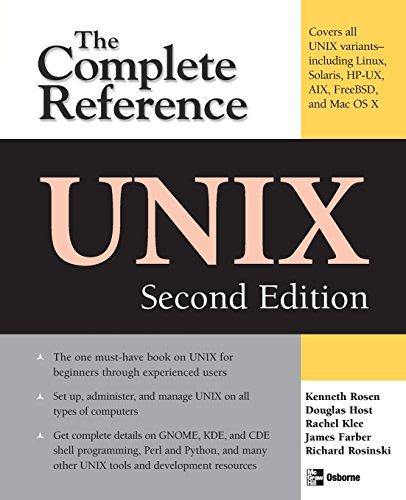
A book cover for UNIX: The Complete Reference, Second Edition (Complete Reference Series); Kenneth Rosen; Computers & Technology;